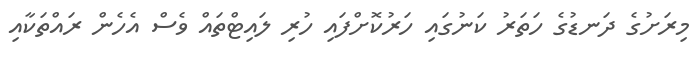
މިރަށުގެ ދަނޑުގެ ހަތަރު ކަނުގައި ހަރުކޮށްފައި ހުރި ލައިޓްތައް ވެސް އެހެން ރައްތަކާއި